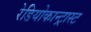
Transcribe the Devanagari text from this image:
रेडियोकान्ट्रास्ट